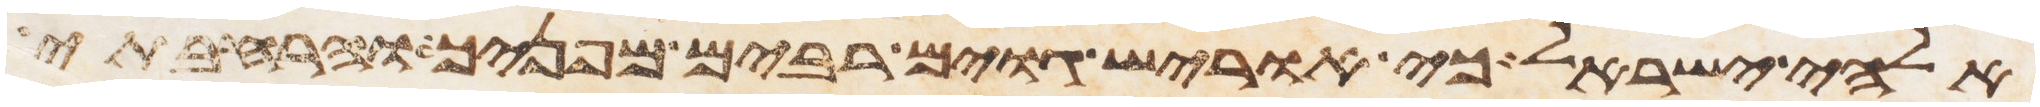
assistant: אלהי ישראל כי אוריש גוים רבים מפניך והרחבתי